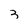
Character: 3